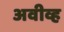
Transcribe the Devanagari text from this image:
अवीव्ह